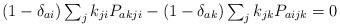
LaTeX: \begin{align*}\textstyle (1-\delta_{ai}) \sum_j k_{ji} P_{akji}- (1-\delta_{ak}) \sum_j k_{jk} P_{aijk} = 0\end{align*}